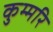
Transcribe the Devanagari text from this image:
कुम्मरि